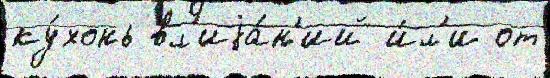
ку́хонь вл'иjа́н'ий и́л'и от